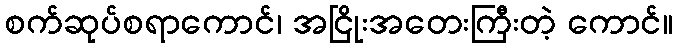
စက်ဆုပ်စရာကောင်၊ အငြိုးအတေးကြီးတဲ့ ကောင်။